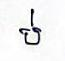
ប់